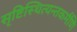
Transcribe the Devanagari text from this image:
सृष्टिस्थित्यन्तकर्मणि